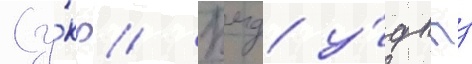
(у́кр // Кмд у́дппз